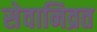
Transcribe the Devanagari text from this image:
सेवानिव्रत